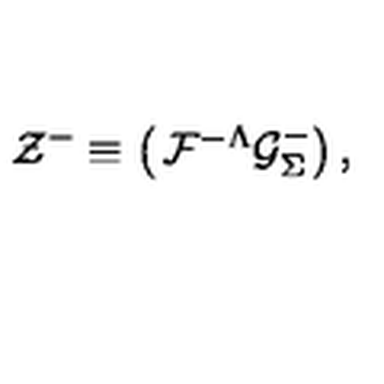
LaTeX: { \cal Z } ^ { - } \equiv \left( \begin{matrix} { { \cal F } ^ { - \Lambda } } \\ { { \cal G } _ { \Sigma } ^ { - } } \\ \end{matrix} \right) ,